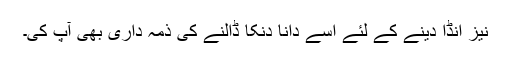
نیز انڈا دینے کے لئے اسے دانا دنکا ڈالنے کی ذمہ داری بھی آپ کی۔